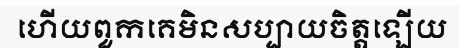
ហើយពួកគេមិនសប្បាយចិត្តឡើយ